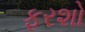
ફરશો